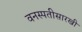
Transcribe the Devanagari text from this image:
वनस्पतीसारखी